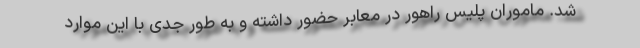
شد. ماموران پلیس راهور در معابر حضور داشته و به طور جدی با این موارد